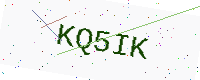
Text: KQ5IK